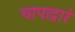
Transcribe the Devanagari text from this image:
चापाद्वारे